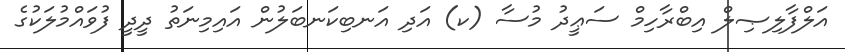
އަލްފާލިޞިލް އިބްރާހިމް ސަޢީދު މުސާ (ކ) އަދި އަނބިކަނބަލުން އައިމިނަތު ދީދީ ފުވައްމުލަކުގެ